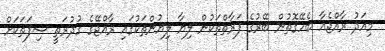
މިއަދު ރާއްޖެއާ ބެހޭގޮތުން ބޭރުގެ ފަރާތްތަކުން ލިޔާ ލިޔުންތަކުގައި ރާއްޖޭގެ ގުދުރަތީ ސިފަތަކަށް